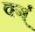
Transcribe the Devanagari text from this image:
वर्ग्